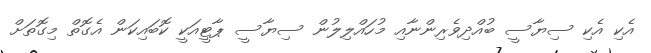
އެކި އެކި ސިޔާސީ ބުއްދިވެރިންނާއި މުހައްލިލުން ސިޔާސީ ޕާޓީއަކީ ކޮބައިކަން އެގޮތް މިގޮތަށް